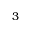
3